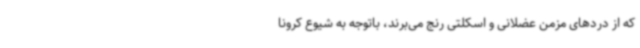
که از دردهای مزمن عضلانی و اسکلتی رنج می‌برند، باتوجه به شیوع کرونا